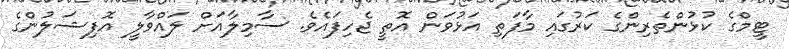
ޓީމްގެ ކުޅުންތެރިންގެ ކަރުގައި މާފަތި އަޅުވަން އޮތީ ޖެހިފައެވެ. ސާމިލާއަށް ލައްވާލީ އޮފިޝަލުންގެ